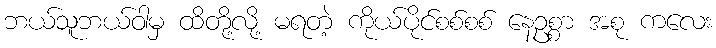
ဘယ်သူဘယ်ဝါမှ ထိတို့လို့ မရတဲ့ ကိုယ်ပိုင်စစ်စစ် နေဥစ္စာ အစု ကလေး